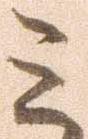
ミ